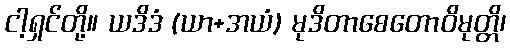
ငါ့ရှင်တို့။ ယဒိဒံ (ယာ+အယံ) မုဒိတာစေတောဝိမုတ္တိ၊